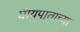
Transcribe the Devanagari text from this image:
घायपाताच्या